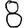
Digit: 8